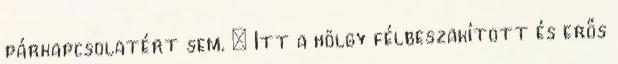
párkapcsolatért sem. „ Itt a hölgy félbeszakított és erős